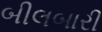
બીલબારી